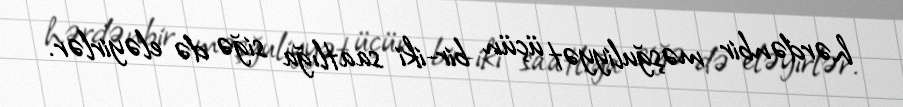
hərdənbir məşğuliyyət üçün bir-iki saatlığa siğə də eləyirlər.